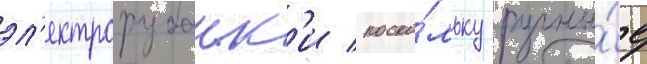
эл'ектрорубанк'и / поско́льку ручны́е